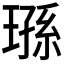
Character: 𬎄